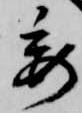
委